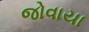
જોવાયા